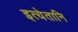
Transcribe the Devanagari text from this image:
इत्येतानि